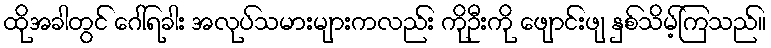
ထိုအခါတွင် ဂေါ်ရခါး အလုပ်သမားများကလည်း ကိုဦးကို ဖျောင်းဖျ နှစ်သိမ့်ကြသည်။